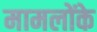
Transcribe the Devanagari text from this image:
मामलोंके